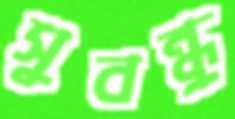
সুবন্ধু